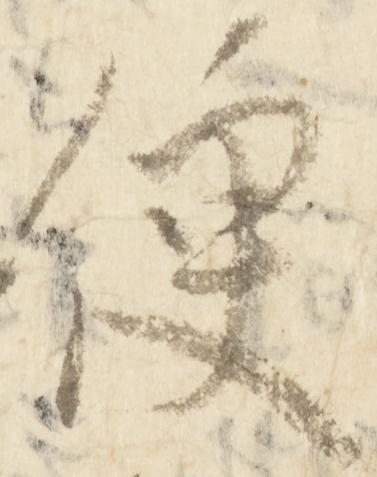
便